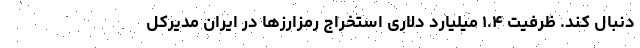
دنبال کند. ظرفیت ۱.۴ میلیارد دلاری استخراج رمزارزها در ایران مدیرکل